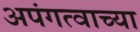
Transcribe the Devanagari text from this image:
अपंगत्वाच्या